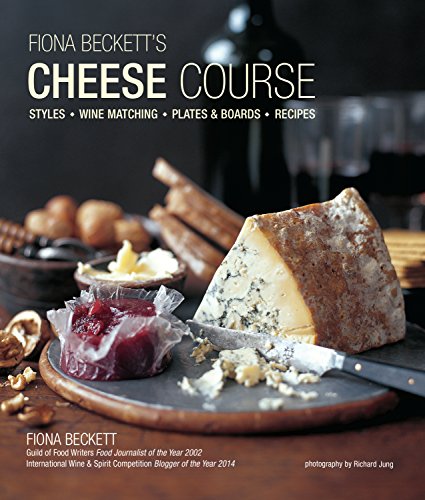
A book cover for Fiona Beckett's Cheese Course: Styles, Wine Matching, Plates & Boards, Recipes; Fiona Beckett; Cookbooks, Food & Wine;